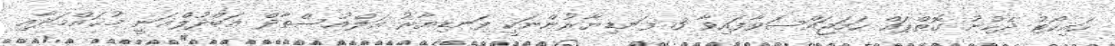
ހައިކޯޓު ދެކުނު ގޮތްޕައް ހަމަޖައްސަވާފައިވާ 3 ފަނޑިޔާރުންނަކީ ފަނޑިޔާރު އަލްއުސްތާޛް ޢަބްދުލްޣަނީ މުޙައްމަދާއި